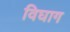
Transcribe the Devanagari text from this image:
विघाग